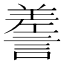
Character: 𧪰